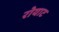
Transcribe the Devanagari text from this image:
रोयाट